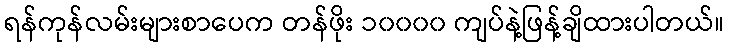
ရန်ကုန်လမ်းများစာပေက တန်ဖိုး ၁၀၀၀၀ ကျပ်နဲ့ဖြန့်ချိထားပါတယ်။